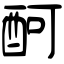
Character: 酠